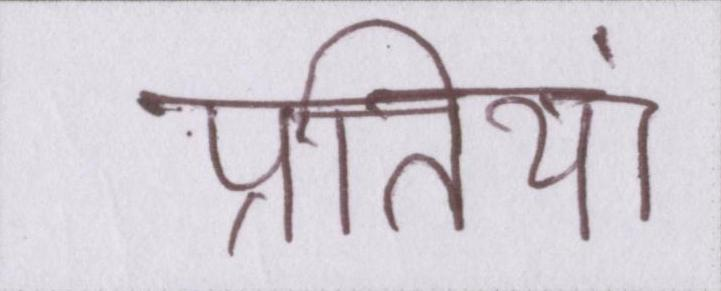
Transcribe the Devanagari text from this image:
प्रतियां